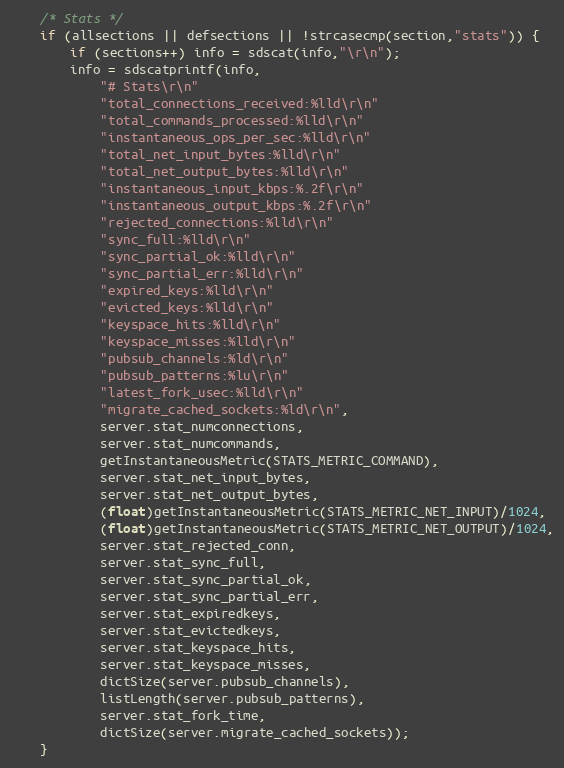
Language: C
    /* Stats */
    if (allsections || defsections || !strcasecmp(section,"stats")) {
        if (sections++) info = sdscat(info,"\r\n");
        info = sdscatprintf(info,
            "# Stats\r\n"
            "total_connections_received:%lld\r\n"
            "total_commands_processed:%lld\r\n"
            "instantaneous_ops_per_sec:%lld\r\n"
            "total_net_input_bytes:%lld\r\n"
            "total_net_output_bytes:%lld\r\n"
            "instantaneous_input_kbps:%.2f\r\n"
            "instantaneous_output_kbps:%.2f\r\n"
            "rejected_connections:%lld\r\n"
            "sync_full:%lld\r\n"
            "sync_partial_ok:%lld\r\n"
            "sync_partial_err:%lld\r\n"
            "expired_keys:%lld\r\n"
            "evicted_keys:%lld\r\n"
            "keyspace_hits:%lld\r\n"
            "keyspace_misses:%lld\r\n"
            "pubsub_channels:%ld\r\n"
            "pubsub_patterns:%lu\r\n"
            "latest_fork_usec:%lld\r\n"
            "migrate_cached_sockets:%ld\r\n",
            server.stat_numconnections,
            server.stat_numcommands,
            getInstantaneousMetric(STATS_METRIC_COMMAND),
            server.stat_net_input_bytes,
            server.stat_net_output_bytes,
            (float)getInstantaneousMetric(STATS_METRIC_NET_INPUT)/1024,
            (float)getInstantaneousMetric(STATS_METRIC_NET_OUTPUT)/1024,
            server.stat_rejected_conn,
            server.stat_sync_full,
            server.stat_sync_partial_ok,
            server.stat_sync_partial_err,
            server.stat_expiredkeys,
            server.stat_evictedkeys,
            server.stat_keyspace_hits,
            server.stat_keyspace_misses,
            dictSize(server.pubsub_channels),
            listLength(server.pubsub_patterns),
            server.stat_fork_time,
            dictSize(server.migrate_cached_sockets));
    }